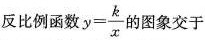
反比例函数$$y= \frac{k}{x}$$的图象交于